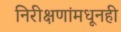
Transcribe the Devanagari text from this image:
निरीक्षणांमधूनही